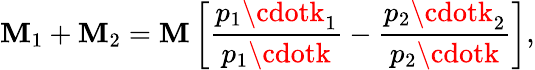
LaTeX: \mathbf{M}_{1}+\mathbf{M}_{2}=\mathbf{M}\left[\frac{{p_{1}\cdotk_{1}}}{{p_{1}\cdotk}}-\frac{{p_{2}\cdotk_{2}}}{{p_{2}\cdotk}}\right],